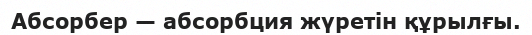
Абсорбер — абсорбция жүретін құрылғы.